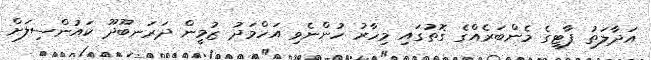
އަދާލަތު ޕާޓީގެ މެންބަރެއްގެ ގޮތުގައި މިހާރު ހުންނެވި އަހްމަދު ޒުމީން ދަރަނބޫދޫ ކައުންސިލަށް